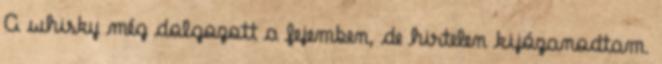
A whisky még dolgozott a fejemben, de hirtelen kijózanodtam.